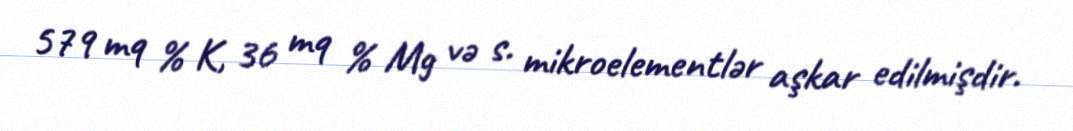
579 mq % K, 36 mq % Mg və s. mikroelementlər aşkar edilmişdir.